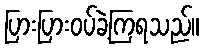
ပြားပြားဝပ်ခဲ့ကြရသည်။